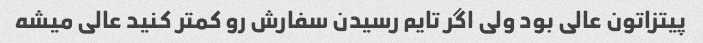
پیتزاتون عالی بود ولی اگر تایم رسیدن سفارش رو کمتر کنید عالی میشه